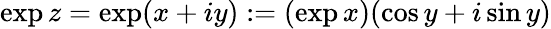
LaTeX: \exp z=\exp(x+iy):=(\exp x)(\cos y+i\sin y)